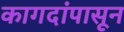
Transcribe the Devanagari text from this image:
कागदांपासून